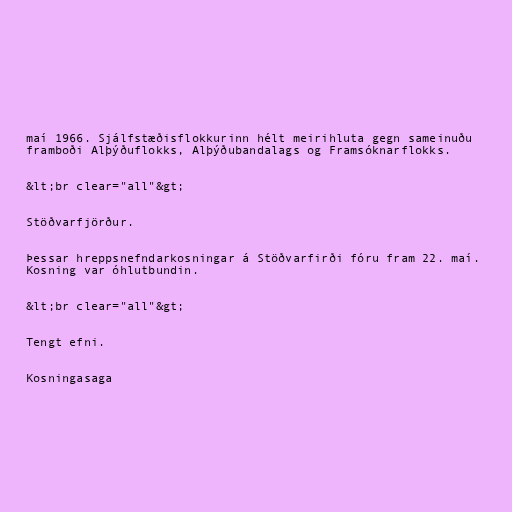
maí 1966. Sjálfstæðisflokkurinn hélt meirihluta gegn sameinuðu
framboði Alþýðuflokks, Alþýðubandalags og Framsóknarflokks.

&lt;br clear="all"&gt;

Stöðvarfjörður.

Þessar hreppsnefndarkosningar á Stöðvarfirði fóru fram 22. maí.
Kosning var óhlutbundin.

&lt;br clear="all"&gt;

Tengt efni.

Kosningasaga